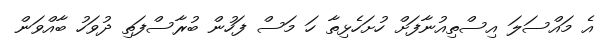
އެ މައްސަލަ އިސްތިއުނާފަށް ހުށަހެޅިތާ ހަ މަސް ފަހުން ބުރާސްފަތި ދުވަހު ބާއްވަން